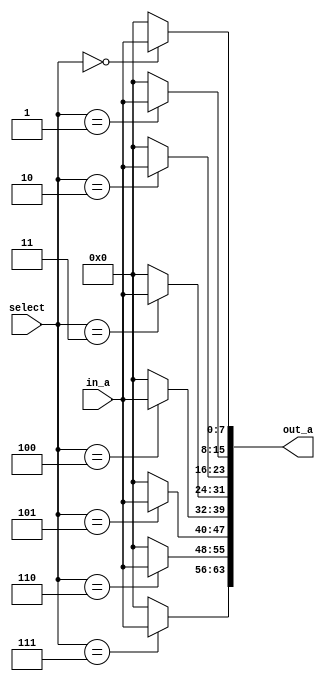
// MIT License
// 
// Copyright (c) 2021-2024 iCAS Lab
// 
// Permission is hereby granted, free of charge, to any person obtaining a copy
// of this software and associated documentation files (the "Software"), to deal
// in the Software without restriction, including without limitation the rights
// to use, copy, modify, merge, publish, distribute, sublicense, and/or sell
// copies of the Software, and to permit persons to whom the Software is
// furnished to do so, subject to the following conditions:
// 
// The above copyright notice and this permission notice shall be included in all
// copies or substantial portions of the Software.
// 
// THE SOFTWARE IS PROVIDED "AS IS", WITHOUT WARRANTY OF ANY KIND, EXPRESS OR
// IMPLIED, INCLUDING BUT NOT LIMITED TO THE WARRANTIES OF MERCHANTABILITY,
// FITNESS FOR A PARTICULAR PURPOSE AND NONINFRINGEMENT. IN NO EVENT SHALL THE
// AUTHORS OR COPYRIGHT HOLDERS BE LIABLE FOR ANY CLAIM, DAMAGES OR OTHER
// LIABILITY, WHETHER IN AN ACTION OF CONTRACT, TORT OR OTHERWISE, ARISING FROM,
// OUT OF OR IN CONNECTION WITH THE SOFTWARE OR THE USE OR OTHER DEALINGS IN THE
// SOFTWARE.

// Company: iCAS Lab, University of South Carolina
// Design Name: 
// Module Name: top_demux
// Project Name: 
// Target Devices: 
// Tool Versions: 
// Description: 
// 
// Dependencies: 
// 
// Revision:
// Revision 0.01 - File Created
// Additional Comments:
// 
//////////////////////////////////////////////////////////////////////////////////

`timescale 1ns / 1ps


module top_demux#( 
        parameter DW = 8,
        parameter N = 8,
        parameter SEL = $clog2(N)
    )             (
        input [DW-1:0] in_a,
        input [SEL-1:0] select,
        output reg [(DW*N)-1:0] out_a
    );
    
    integer i;
    
    always @(in_a or select) begin 
        out_a = 'd0;
        for (i=0;i<N;i=i+1) begin
            if (select == i)
                out_a[((i+1)*DW)-1 -:DW] = in_a;
        end
    end
    
endmodule